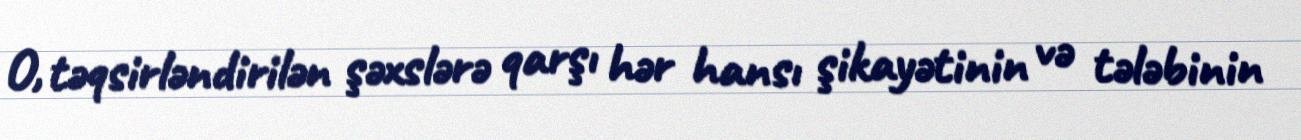
O, təqsirləndirilən şəxslərə qarşı hər hansı şikayətinin və tələbinin